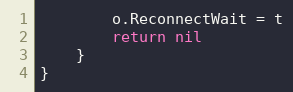
Language: Go
		o.ReconnectWait = t
		return nil
	}
}